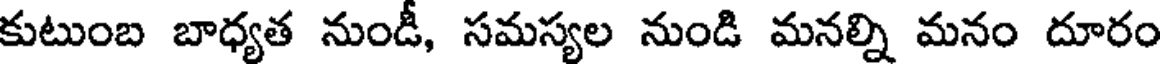
కుటుంబ బాధ్యత నుండీ, సమస్యల నుండి మనల్ని మనం దూరం